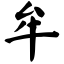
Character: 牟